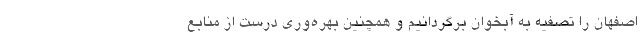
اصفهان را تصفیه به آبخوان برگردانیم و همچنین بهره‌وری درست از منابع